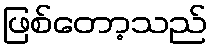
ဖြစ်တော့သည်